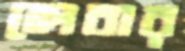
লেবার